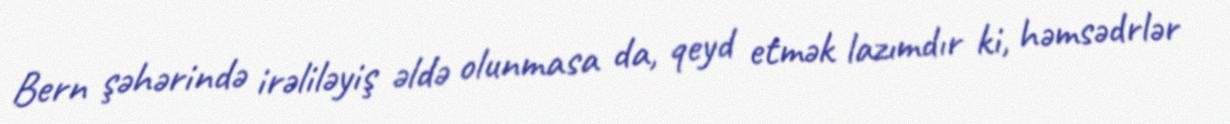
Bern şəhərində irəliləyiş əldə olunmasa da, qeyd etmək lazımdır ki, həmsədrlər